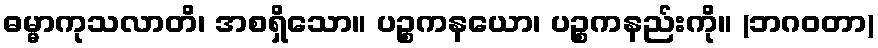
ဓမ္မာကုသလာတိ၊ အစရှိသော။ ပဉ္စကနယော၊ ပဉ္စကနည်းကို။ (ဘဂဝတာ)